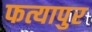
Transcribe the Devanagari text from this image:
फत्यापुर